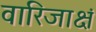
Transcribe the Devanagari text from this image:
वारिजाक्षं